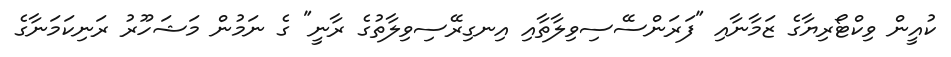
ކުއީން ވިކްޓޯރިޔާގެ ޒަމާނާއި "ފަރަންސޭސިވިލާތާއި އިނގިރޭސިވިލާތުގެ ރާނީ" ގެ ނަމުން މަޝަހޫރު ރަނިކަމަނާގެ